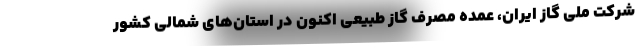
شرکت ملی گاز ایران، عمده مصرف گاز طبیعی اکنون در استان‌های شمالی کشور